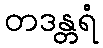
တဒန္တရံ